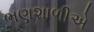
ભણશાળીએ